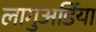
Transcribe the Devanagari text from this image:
लागुअर्डिया